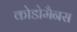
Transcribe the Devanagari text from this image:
कोडोमैनस